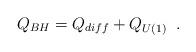
LaTeX: \begin{align*}Q_{BH} = Q_{diff} + Q_{U(1)}\;\; .\end{align*}